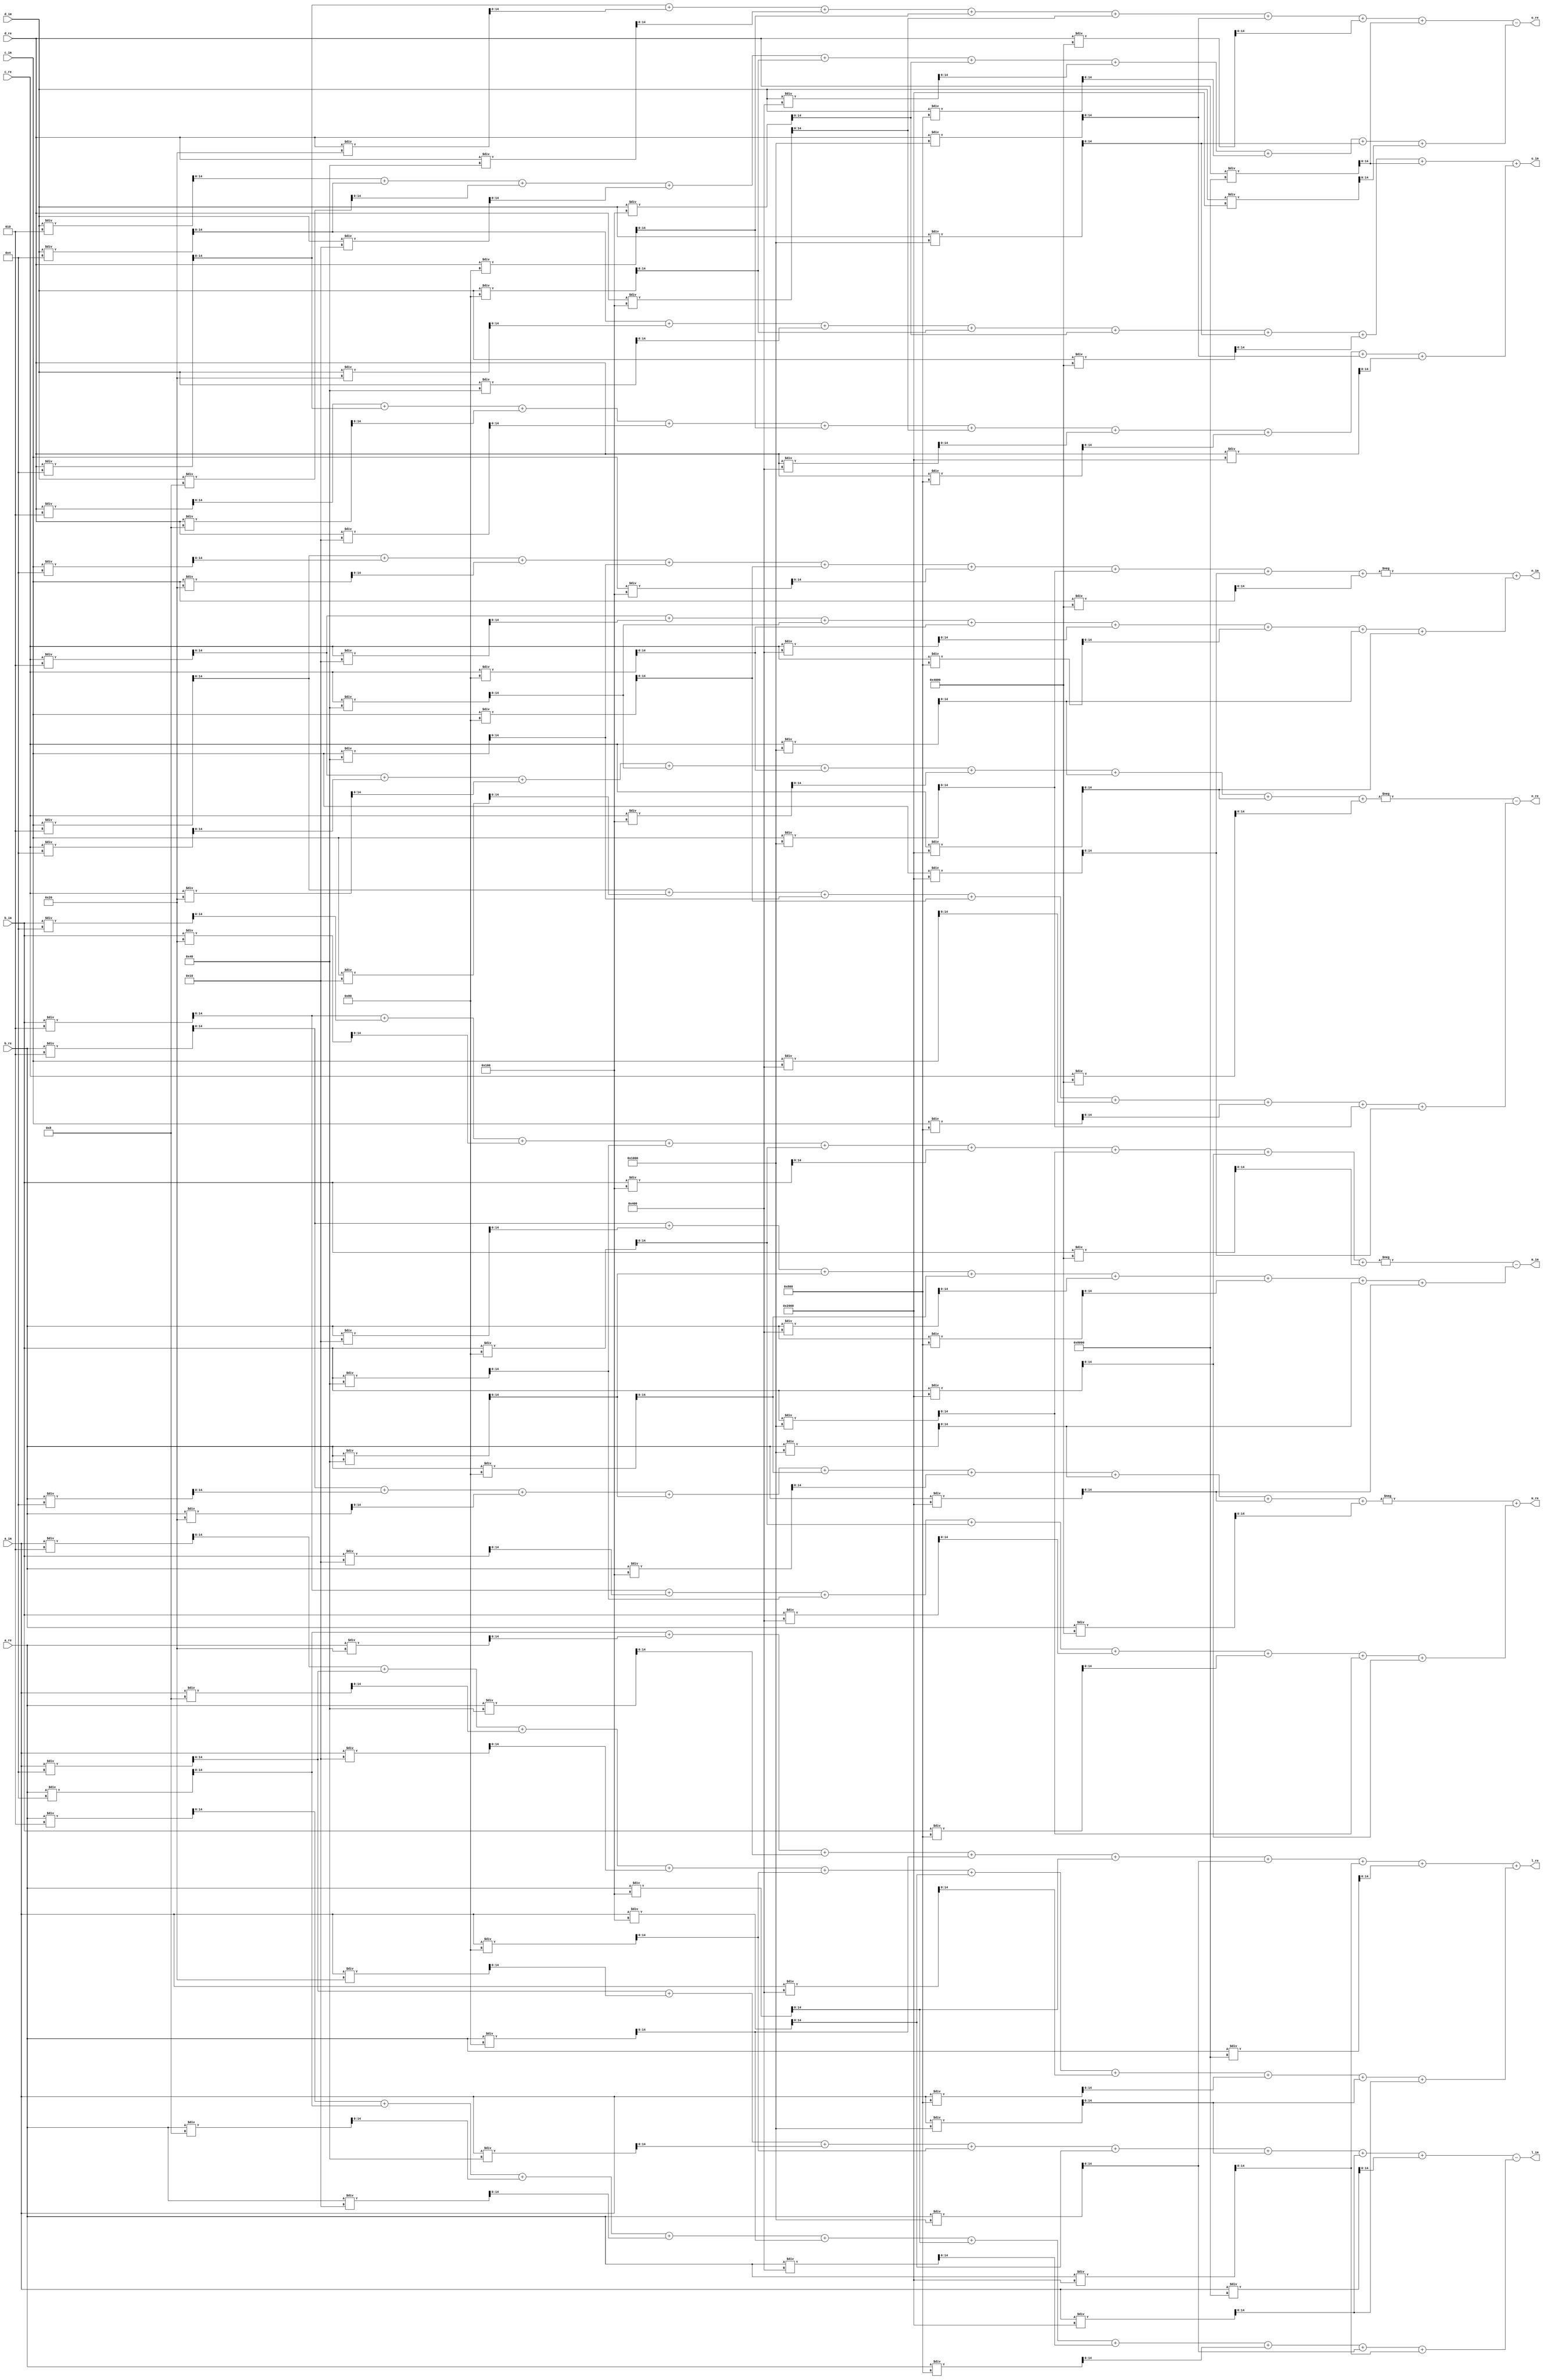
module Special5 #(
    parameter WIDTH=15
)(
    input signed [WIDTH-1:0] a_re,
    input signed [WIDTH-1:0] a_im,
    input signed [WIDTH-1:0] b_re,
    input signed [WIDTH-1:0] b_im,
    input signed [WIDTH-1:0] c_re,
    input signed [WIDTH-1:0] c_im,
    input signed [WIDTH-1:0] d_re,
    input signed [WIDTH-1:0] d_im,

    output signed [WIDTH-1:0] l_re,
    output signed [WIDTH-1:0] l_im,
    output signed [WIDTH-1:0] m_re,
    output signed [WIDTH-1:0] m_im,
    output signed [WIDTH-1:0] n_re,
    output signed [WIDTH-1:0] n_im,
    output signed [WIDTH-1:0] o_re,
    output signed [WIDTH-1:0] o_im
);

assign l_re = (a_re / 4 +  a_re / 32 + a_re / 64 + a_re / 128 + a_re / 256 + a_re / 4096 + a_re / 8192 + a_re / 32768) + (a_im / 2 + a_im / 4 + a_im / 8 + a_im / 16 + a_im / 128 + a_im / 256 +  a_im / 1024 + a_im / 2048 + a_im / 4096 + a_im / 8192 );
assign l_im = (a_im / 4 +  a_im / 32 + a_im / 64 + a_im / 128 + a_im / 256 + a_im / 4096 + a_im / 8192 + a_im / 32768) - (a_re / 2 + a_re / 4 + a_re / 8 + a_re / 16 + a_re / 128 + a_re / 256 +  a_re / 1024 + a_re / 2048 + a_re / 4096 + a_re / 8192 );
assign m_re = -(b_re / 2 + b_re / 4 + b_re / 32 + b_re / 64 + b_re / 128 + b_re / 256  + b_re / 4096 + b_re / 8192 + b_re / 16384) + (b_im / 2  + b_im / 16 + b_im / 64 + b_im / 128 + b_im / 1024 + b_im / 2048 + b_im / 4096 + b_im / 8192 );
assign m_im = -(b_im / 2 + b_im / 4 + b_im / 32 + b_im / 64 + b_im / 128 + b_im / 256  + b_im / 4096 + b_im / 8192 + b_im / 16384) - (b_re / 2  + b_re / 16 + b_re / 64 + b_re / 128 + b_re / 1024 + b_re / 2048 + b_re / 4096 + b_re / 8192 );
assign n_re = -(c_re / 2 + c_re / 4 + c_re / 32 + c_re / 64 + c_re / 128 + c_re / 256  + c_re / 4096 + c_re / 8192 + c_re / 16384) - (c_im / 2  + c_im / 16 + c_im / 64 + c_im / 128 + c_im / 1024 + c_im / 2048 + c_im / 4096 + c_im / 8192 );
assign n_im = -(c_im / 2 + c_im / 4 + c_im / 32 + c_im / 64 + c_im / 128 + c_im / 256  + c_im / 4096 + c_im / 8192 + c_im / 16384) + (c_re / 2  + c_re / 16 + c_re / 64 + c_re / 128 + c_re / 1024 + c_re / 2048 + c_re / 4096 + c_re / 8192 );
assign o_re = (d_re / 4 +  d_re / 32 + d_re / 64 + d_re / 128 + d_re / 256 + d_re / 4096 + d_re / 16384 + d_re / 32768) - (d_im / 2 + d_im / 4 + d_im / 8 + d_im / 16 + d_im / 128 + d_im / 256 +  d_im / 1024 + d_im / 2048 + d_im / 4096 + d_im / 8192 );
assign o_im = (d_im / 4 +  d_im / 32 + d_im / 64 + d_im / 128 + d_im / 256 + d_im / 4096 + d_im / 16384 + d_re / 32768) + (d_re / 2 + d_re / 4 + d_re / 8 + d_re / 16 + d_re / 128 + d_re / 256 +  d_re / 1024 + d_re / 2048 + d_re / 4096 + d_re / 8192 );


endmodule